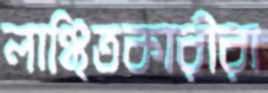
লাঞ্ছিতকারীরা